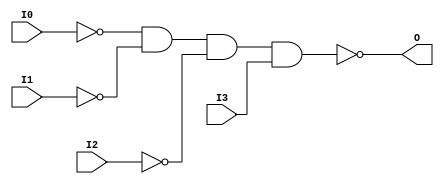
// $Header: /devl/xcs/repo/env/Databases/CAEInterfaces/verunilibs/data/unisims/NAND4B3.v,v 1.5.158.1 2007/03/09 18:13:10 patrickp Exp $
///////////////////////////////////////////////////////////////////////////////
// Copyright (c) 1995/2004 Xilinx, Inc.
// All Right Reserved.
///////////////////////////////////////////////////////////////////////////////
//   ____  ____
//  /   /\/   /
// /___/  \  /    Vendor : Xilinx
// \   \   \/     Version : 8.1i (I.13)
//  \   \         Description : Xilinx Functional Simulation Library Component
//  /   /                  4-input NAND Gate
// /___/   /\     Filename : NAND4B3.v
// \   \  /  \    Timestamp : Thu Mar 25 16:42:57 PST 2004
//  \___\/\___\
//
// Revision:
//    03/23/04 - Initial version.
// End Revision

`timescale  100 ps / 10 ps


module NAND4B3 (O, I0, I1, I2, I3);

    output O;

    input  I0, I1, I2, I3;

    not N2 (i2_inv, I2);
    not N1 (i1_inv, I1);
    not N0 (i0_inv, I0);
    nand A1 (O, i0_inv, i1_inv, i2_inv, I3);


endmodule